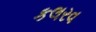
કલરવ